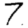
Digit: 7